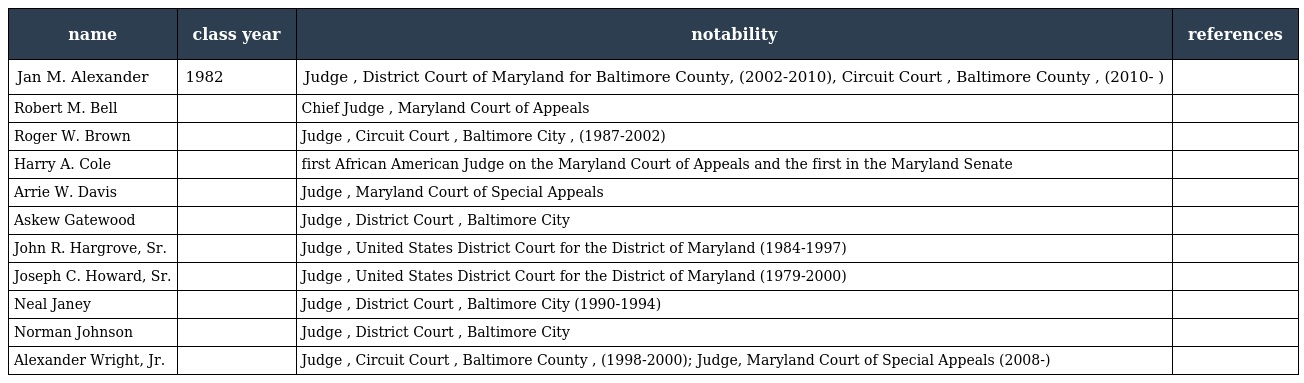
| name | class year | notability | references |
 | --- | --- | --- | --- |
 | Jan M. Alexander | 1982 | Judge , District Court of Maryland for Baltimore County, (2002-2010), Circuit Court , Baltimore County , (2010- ) |  |
 | Robert M. Bell |  | Chief Judge , Maryland Court of Appeals |  |
 | Roger W. Brown |  | Judge , Circuit Court , Baltimore City , (1987-2002) |  |
 | Harry A. Cole |  | first African American Judge on the Maryland Court of Appeals and the first in the Maryland Senate |  |
 | Arrie W. Davis |  | Judge , Maryland Court of Special Appeals |  |
 | Askew Gatewood |  | Judge , District Court , Baltimore City |  |
 | John R. Hargrove, Sr. |  | Judge , United States District Court for the District of Maryland (1984-1997) |  |
 | Joseph C. Howard, Sr. |  | Judge , United States District Court for the District of Maryland (1979-2000) |  |
 | Neal Janey |  | Judge , District Court , Baltimore City (1990-1994) |  |
 | Norman Johnson |  | Judge , District Court , Baltimore City |  |
 | Alexander Wright, Jr. |  | Judge , Circuit Court , Baltimore County , (1998-2000); Judge, Maryland Court of Special Appeals (2008-) |  |